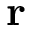
\textbf { r }